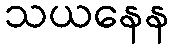
သယနေန